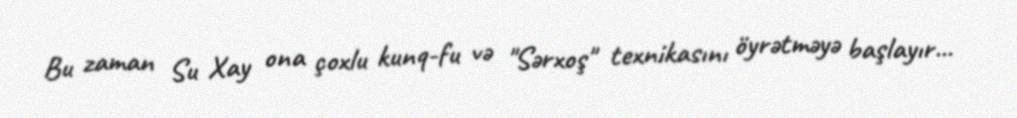
Bu zaman Su Xay ona çoxlu kunq-fu və "Sərxoş" texnikasını öyrətməyə başlayır...